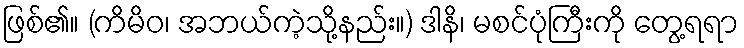
ဖြစ်၏။ (ကိမိဝ၊ အဘယ်ကဲ့သို့နည်း။) ဒါနိ၊ မစင်ပုံကြီးကို တွေ့ရရာ